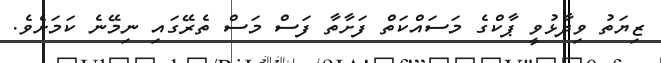
ޒިޔަތު ވިދާޅުވީ ޕާކްގެ މަސައްކަތް ފަށާތާ ފަސް މަސް ތެރޭގައި ނިމޭނެ ކަމަށެވެ.